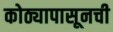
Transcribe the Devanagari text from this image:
कोठ्यापासूनची